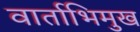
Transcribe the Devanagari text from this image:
वार्ताभिमुख